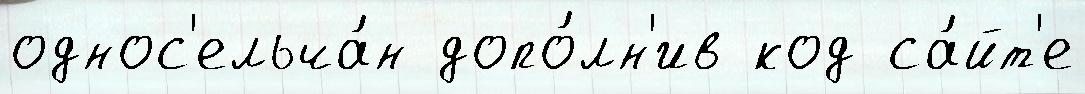
однос'ельча́н допо́лн'ив код са́йт'е